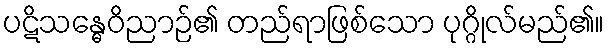
ပဋိသန္ဓေဝိညာဉ်၏ တည်ရာဖြစ်သော ပုဂ္ဂိုလ်မည်၏။